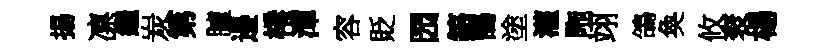
揚凛繼炭第臚邉棬潭容貶园鎬鵠塗灌陁翊鴿奐攸衮楊